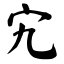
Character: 宄